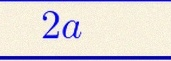
2a